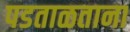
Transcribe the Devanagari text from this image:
पडताळताना